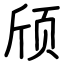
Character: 颀